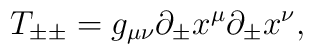
T_{\pm\pm}=g_{\mu\nu}\partial_\pm x^\mu\partial_\pm x^\nu,